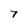
Character: 7